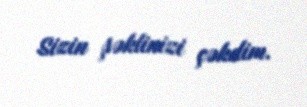
Sizin şəklinizi çəkdim.